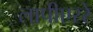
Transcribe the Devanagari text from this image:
लापीएररे